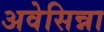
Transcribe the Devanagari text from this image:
अवेसिन्ना